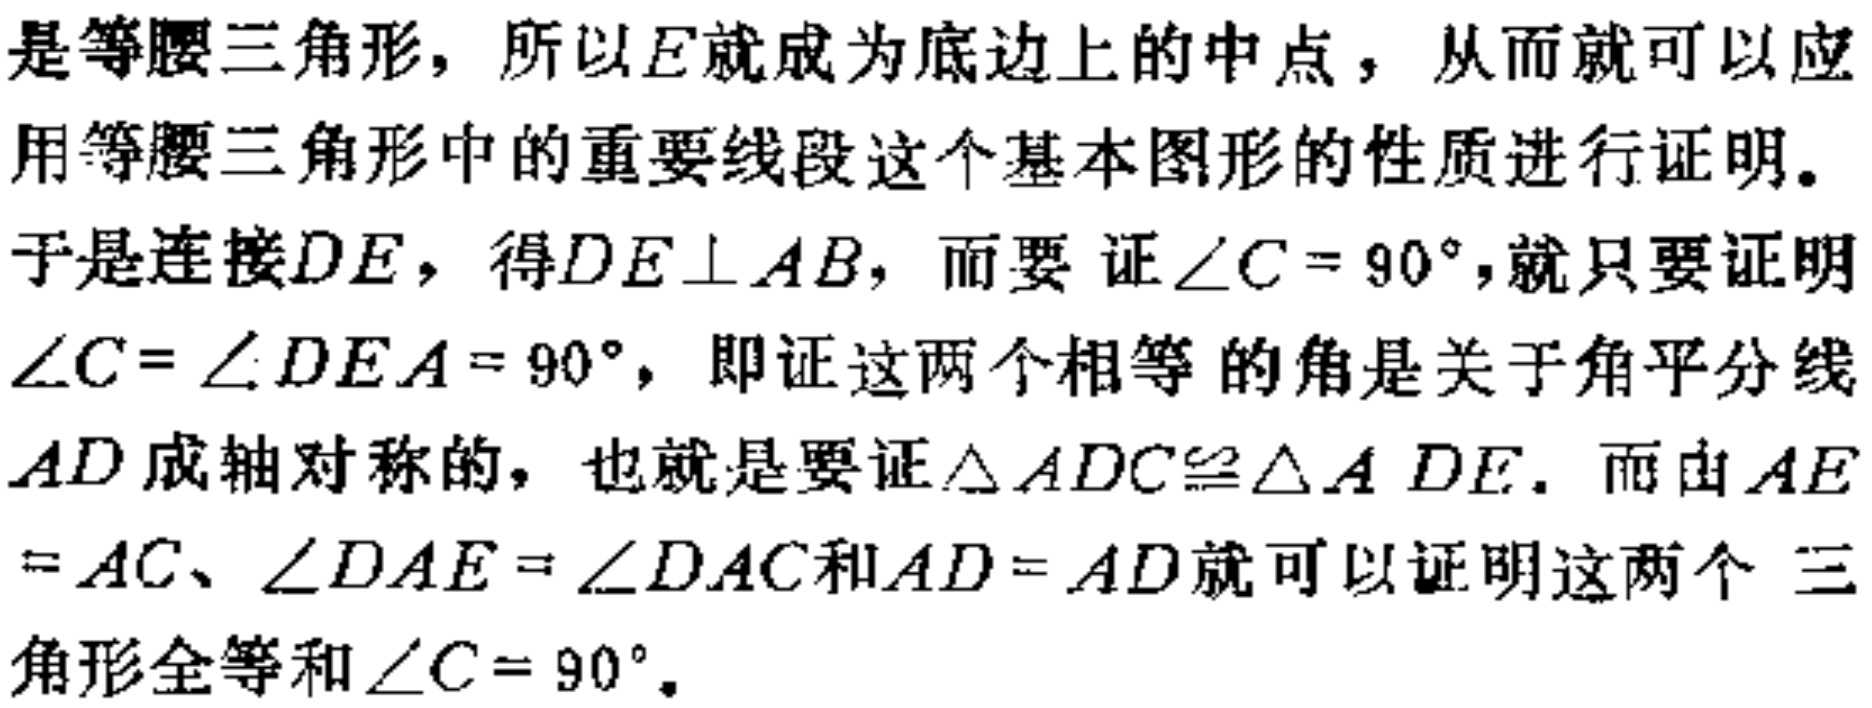
是等腰三角形，所以\(E\)就成为底边上的中点，从而就可以应用等腰三角形中的重要线段这个基本图形的性质进行证明。
于是连接\(DE\)，得\(DE\perp AB\)，而要证\(\angle C = 90^{\circ}\)，就只要证明\(\angle C=\angle DEA = 90^{\circ}\)，即证这两个相等的角是关于角平分线\(AD\)成轴对称的，也就是要证\(\triangle ADC\cong\triangle ADE\)。而由\(AE = AC\)、\(\angle DAE=\angle DAC\)和\(AD = AD\)就可以证明这两个 三角形全等和\(\angle C = 90^{\circ}\)。